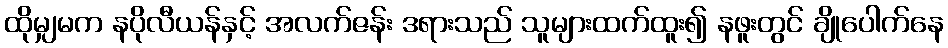
ထိုမျှမက နပိုလီယန်နှင့် အလက်ဇန်း ဒရားသည် သူများထက်ထူး၍ နဖူးတွင် ချိုပေါက်နေ